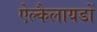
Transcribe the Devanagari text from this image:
ऐल्कैलायडों